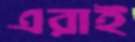
এরাই